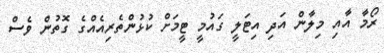
ރޯމާ އާއި މިލާން އަދި އިޓަލީ ގައުމީ ޓީމަށް ކުޅުންތެރިއެއްގެ ގޮތުން ވެސް